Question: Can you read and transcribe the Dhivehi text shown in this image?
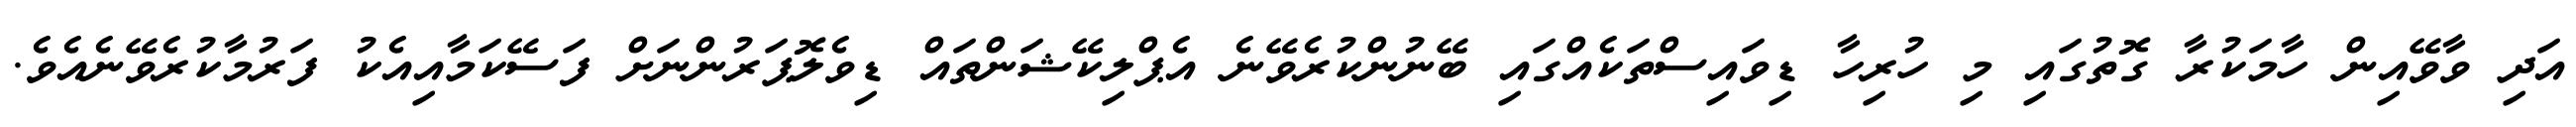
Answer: އަދި ވާވޭއިން ހާމަކުރާ ގޮތުގައި މި ހުރިހާ ޑިވައިސްތަކެއްގައި ބޭނުންކުރެވޭނެ އެޕްލިކޭޝަންތައް ޑިވެލޮޕަރުންނަށް ފަސޭކަމާއިއެކު ފަރުމާކުރެވޭނެއެވެ.